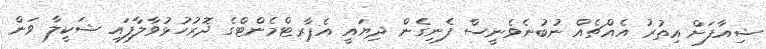
ޝިއާފަށް އިތުރު އެއްޗެއް ނުބުނެވެނީސް ފެނިގެން ދިޔައީ އެޕާރޓްމެންޓްގެ ދޮރުހުޅުވާލާފައި ޝަކީލާ ވަން